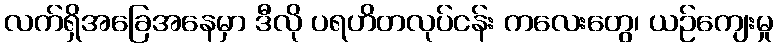
လက်ရှိအခြေအနေမှာ ဒီလို ပရဟိတလုပ်ငန်း ကလေးတွေ၊ ယဉ်ကျေးမှု